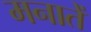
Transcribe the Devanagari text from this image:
मनातें